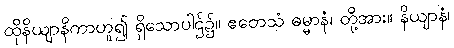
ထိုနိယျာနိကာဟူ၍ ရှိသောပါဌ်၌။ ဧတေသံ ဓမ္မာနံ၊ တို့အား။ နိယျာနံ၊